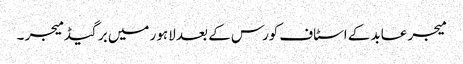
میجر عابد کے اسٹاف کورس کے بعد لاہور میں برگیڈ میجر ۔